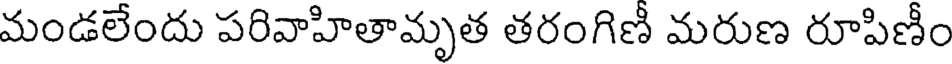
మండలేందు పరివాహితామృత తరంగిణీ మరుణ రూపిణీం